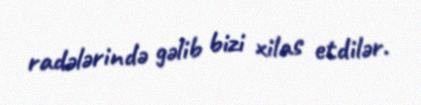
radələrində gəlib bizi xilas etdilər.